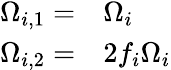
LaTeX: \begin{array}{rl}{\Omega_{i,1}=}&{{}\Omega_{i}}\\ {\Omega_{i,2}=}&{{}2f_{i}\Omega_{i}}\end{array}